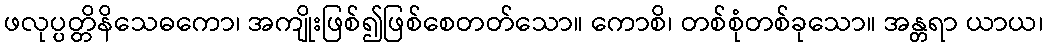
ဖလုပ္ပတ္တိနိသေဓကော၊ အကျိုးဖြစ်၍ဖြစ်စေတတ်သော။ ကောစိ၊ တစ်စုံတစ်ခုသော။ အန္တရာ ယာယ၊